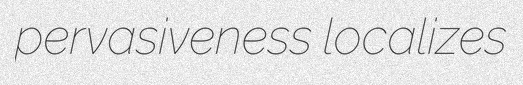
pervasiveness localizes